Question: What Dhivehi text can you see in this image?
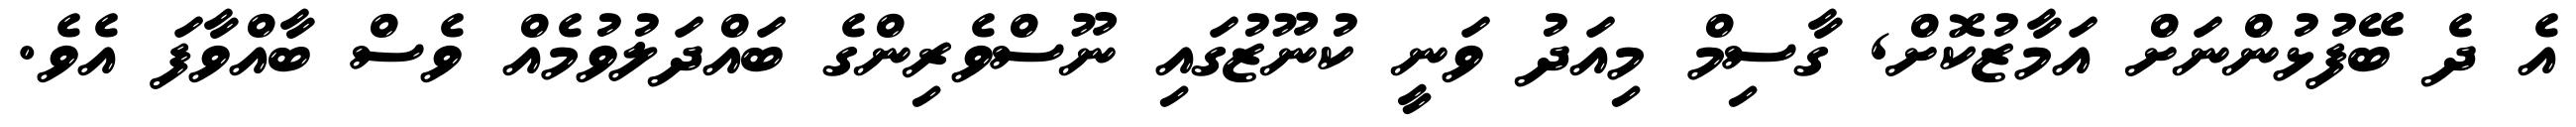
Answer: އެ ދެ ބޭފުޅުންނަށް އަމާޒުކޮށް, ގާސިމް މިއަދު ވަނީ ކުނޫޒުގައި ނޫސްވެރިންގެ ބައްދަލުވުމެއް ވެސް ބާއްވާފަ އެވެ.